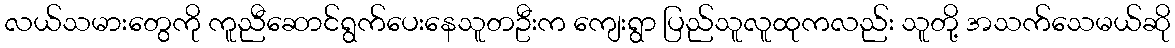
လယ်သမားတွေကို ကူညီဆောင်ရွက်ပေးနေသူတဦးက ကျေးရွာ ပြည်သူလူထုကလည်း သူတို့ အသက်သေမယ်ဆို